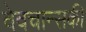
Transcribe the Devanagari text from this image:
वेवचान्सकी